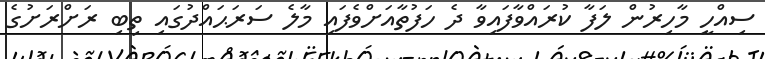
ސިއްހީ މާހިރުން ލަފާ ކުރައްވާފައިވާ ދެ ހަފުތާއަށްވެފައި މާލެ ސަރަޙައްދުގައި ތިބި ރަށްރަަށުގެ